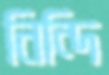
নিন্দি